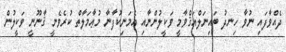
ދެއްވާފައި ނުވާ ހިނދު ބައިނަލްއަޤްވާމީ ވަކީލުންނާއި އެމަނިކުފާނާ މުޢާމަލާތް ކުރެވެނީ ޤާނޫނީ ވަކީލުން